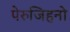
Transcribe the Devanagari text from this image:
पेरुजिहनो